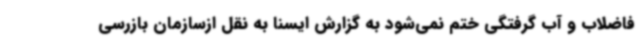
فاضلاب و آب گرفتگی ختم نمی‌شود به گزارش ایسنا به نقل ازسازمان بازرسی